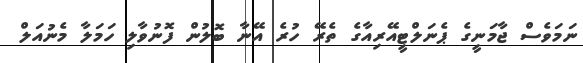
ނަމަވެސް ޖާމަނީގެ ޕެނަލްޓީއޭރިއާގެ ތެރޭ ހުރެ އޭނާ ބޮލުން ފޮނުވާލި ހަމަލާ މެނުއަލް